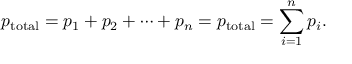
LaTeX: p _ { \mathrm { t o t a l } } = p _ { 1 } + p _ { 2 } + \cdots + p _ { n } = p _ { \mathrm { t o t a l } } = \sum _ { i = 1 } ^ { n } p _ { i } .